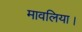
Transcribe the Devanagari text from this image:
मावलिया।